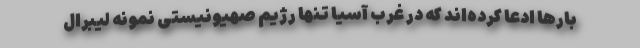
بارها ادعا کرده‌اند که در غرب آسیا تنها رژیم صهیونیستی نمونه لیبرال